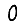
Digit: 0